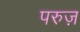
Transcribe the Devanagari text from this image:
परुज़